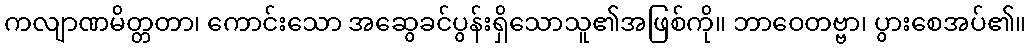
ကလျာဏမိတ္တတာ၊ ကောင်းသော အဆွေခင်ပွန်းရှိသောသူ၏အဖြစ်ကို။ ဘာဝေတဗ္ဗာ၊ ပွားစေအပ်၏။